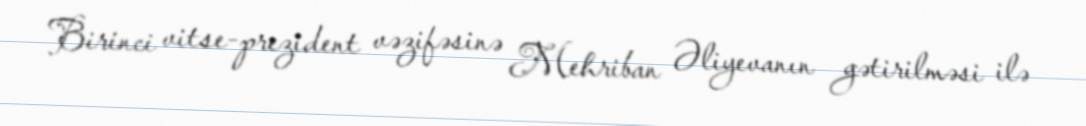
Birinci vitse-prezident vəzifəsinə Mehriban Əliyevanın gətirilməsi ilə